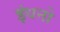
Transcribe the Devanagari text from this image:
इंधनो